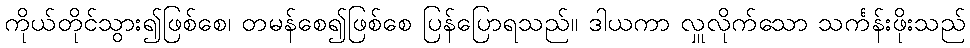
ကိုယ်တိုင်သွား၍ဖြစ်စေ၊ တမန်စေ၍ဖြစ်စေ ပြန်ပြောရသည်။ ဒါယကာ လှူလိုက်သော သင်္ကန်းဖိုးသည်